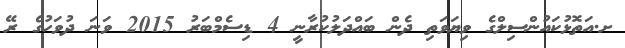
ށ.އަތޮޅުކައުންސިލްގެ ވިޔަވަތި ދެން ބައްދަލުކުރާނީ 4 ޑިސެމްބަރު 2015 ވަނަ ދުވަހުގެ ރޭ